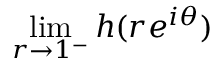
\operatorname* { l i m } _ { r \to 1 ^ { - } } h ( r e ^ { i \theta } )